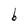
Character: b